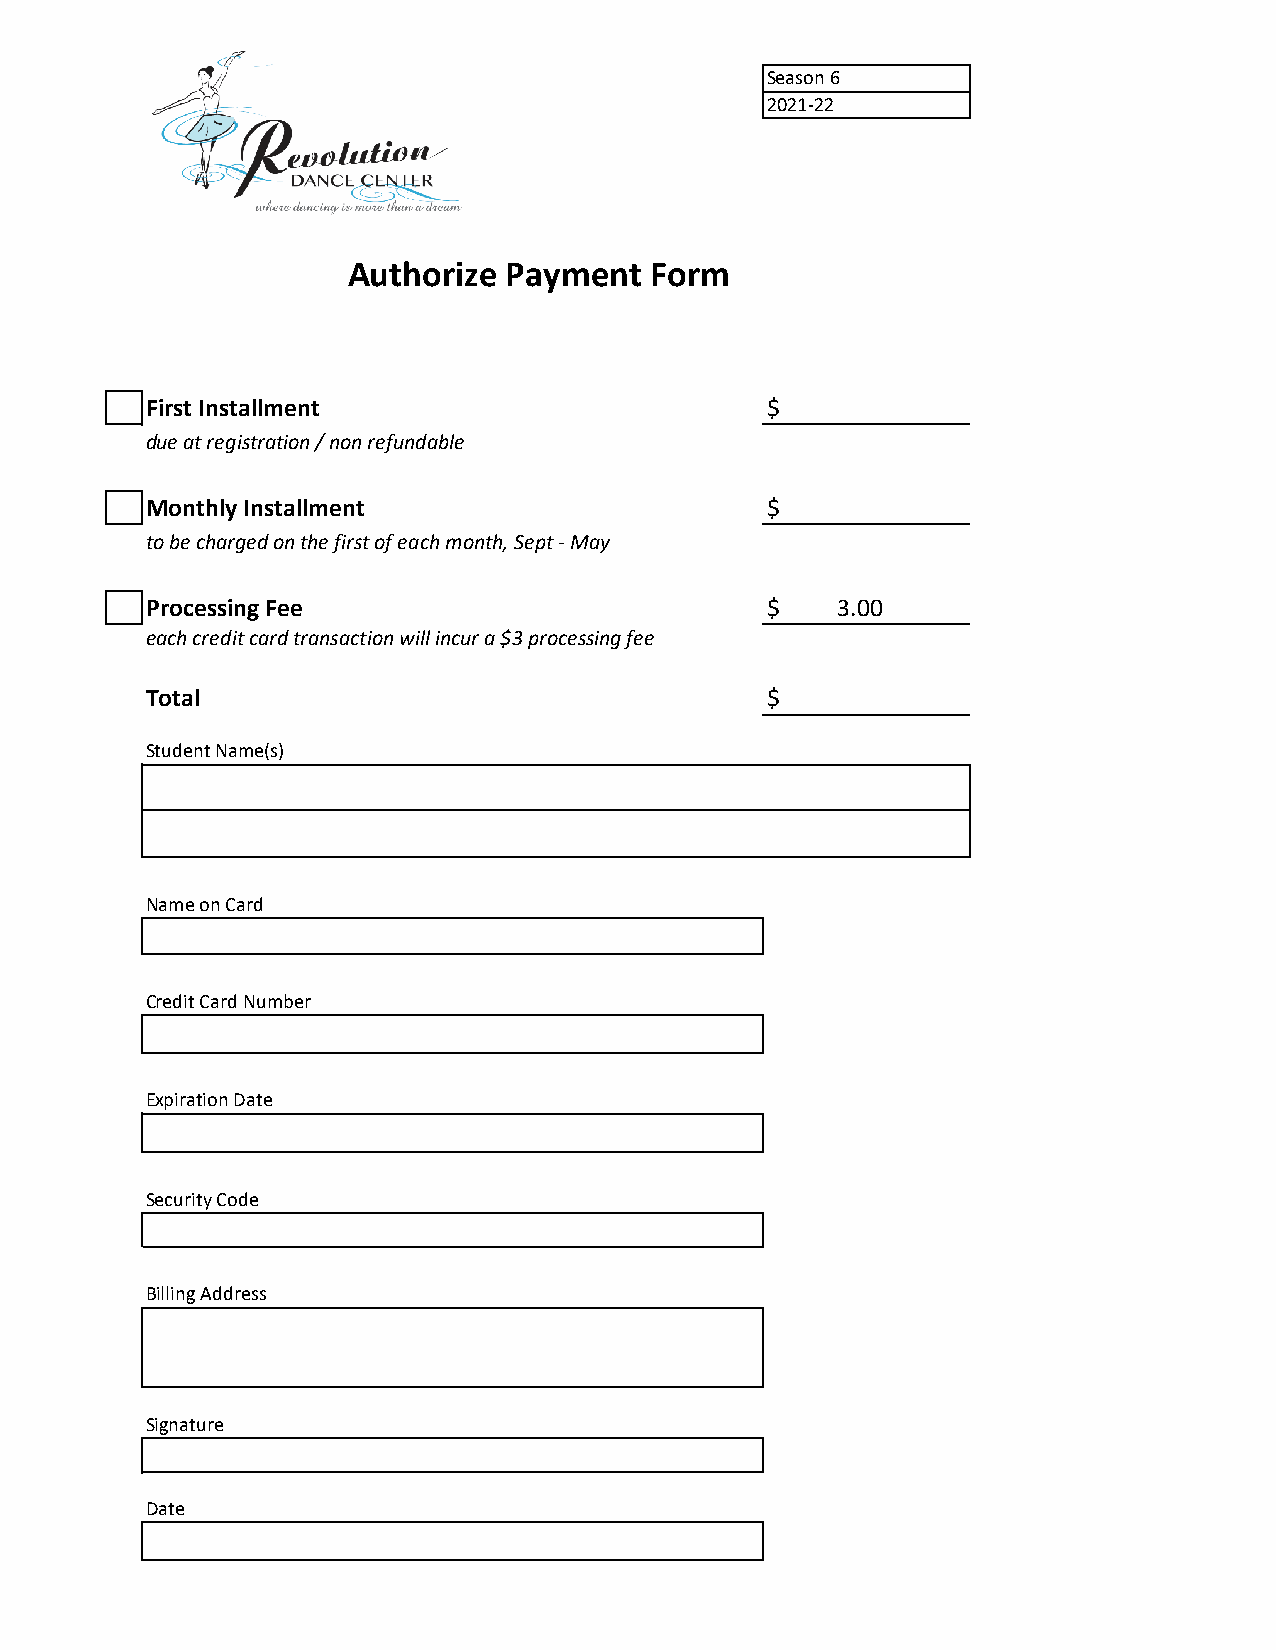
Season 6
 2021-22
 Authorize Payment   Form
 First Installment                        $
 due at registration / non refundable
 Monthly Installment                      $
 to be charged on the first of each month, Sept - May
 Processing Fee                           $    3.00
 each credit card transaction will incur a $3 processing fee
 Total                                    $
 Student Name(s)
 Name on Card
 Credit Card Number
 Expiration Date
 Security Code
 Billing Address
 Signature
 Date